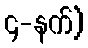
၄-နက်)